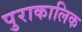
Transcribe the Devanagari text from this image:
पुराकालिक